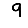
Digit: 9